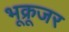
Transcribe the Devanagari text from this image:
भूक्रूजर